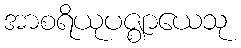
အာစရိယုပဇ္ဈာယေသု